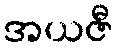
အယဇီ